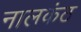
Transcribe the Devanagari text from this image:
नालकंठ